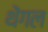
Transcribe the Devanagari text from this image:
थेंगल